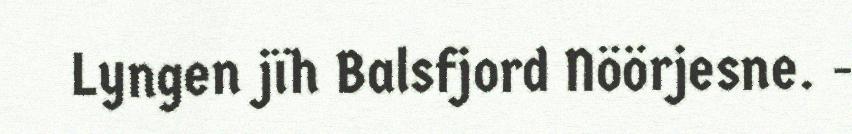
Lyngen jïh Balsfjord Nöörjesne. -